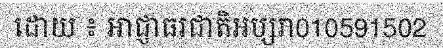
ដោយ ៖ អាជ្ញាធរជាតិអប្សរា010591502